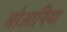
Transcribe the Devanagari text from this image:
मोआनिया